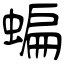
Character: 蝙